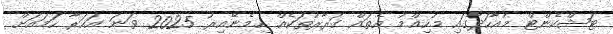
ޓަޝްކެންޓް މުއާހަދާގައި މުހިއްމު އެތައް ގަރާރުތަކެއް ހިމެނޭއިރު 2025 ވަނަ އަހަރާ ހަމައަށް